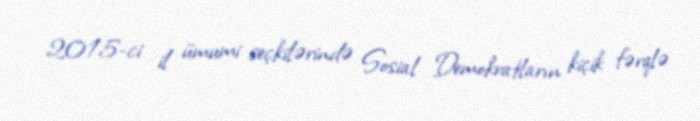
2015-ci il ümumi seçkilərində Sosial Demokratların kiçik fərqlə